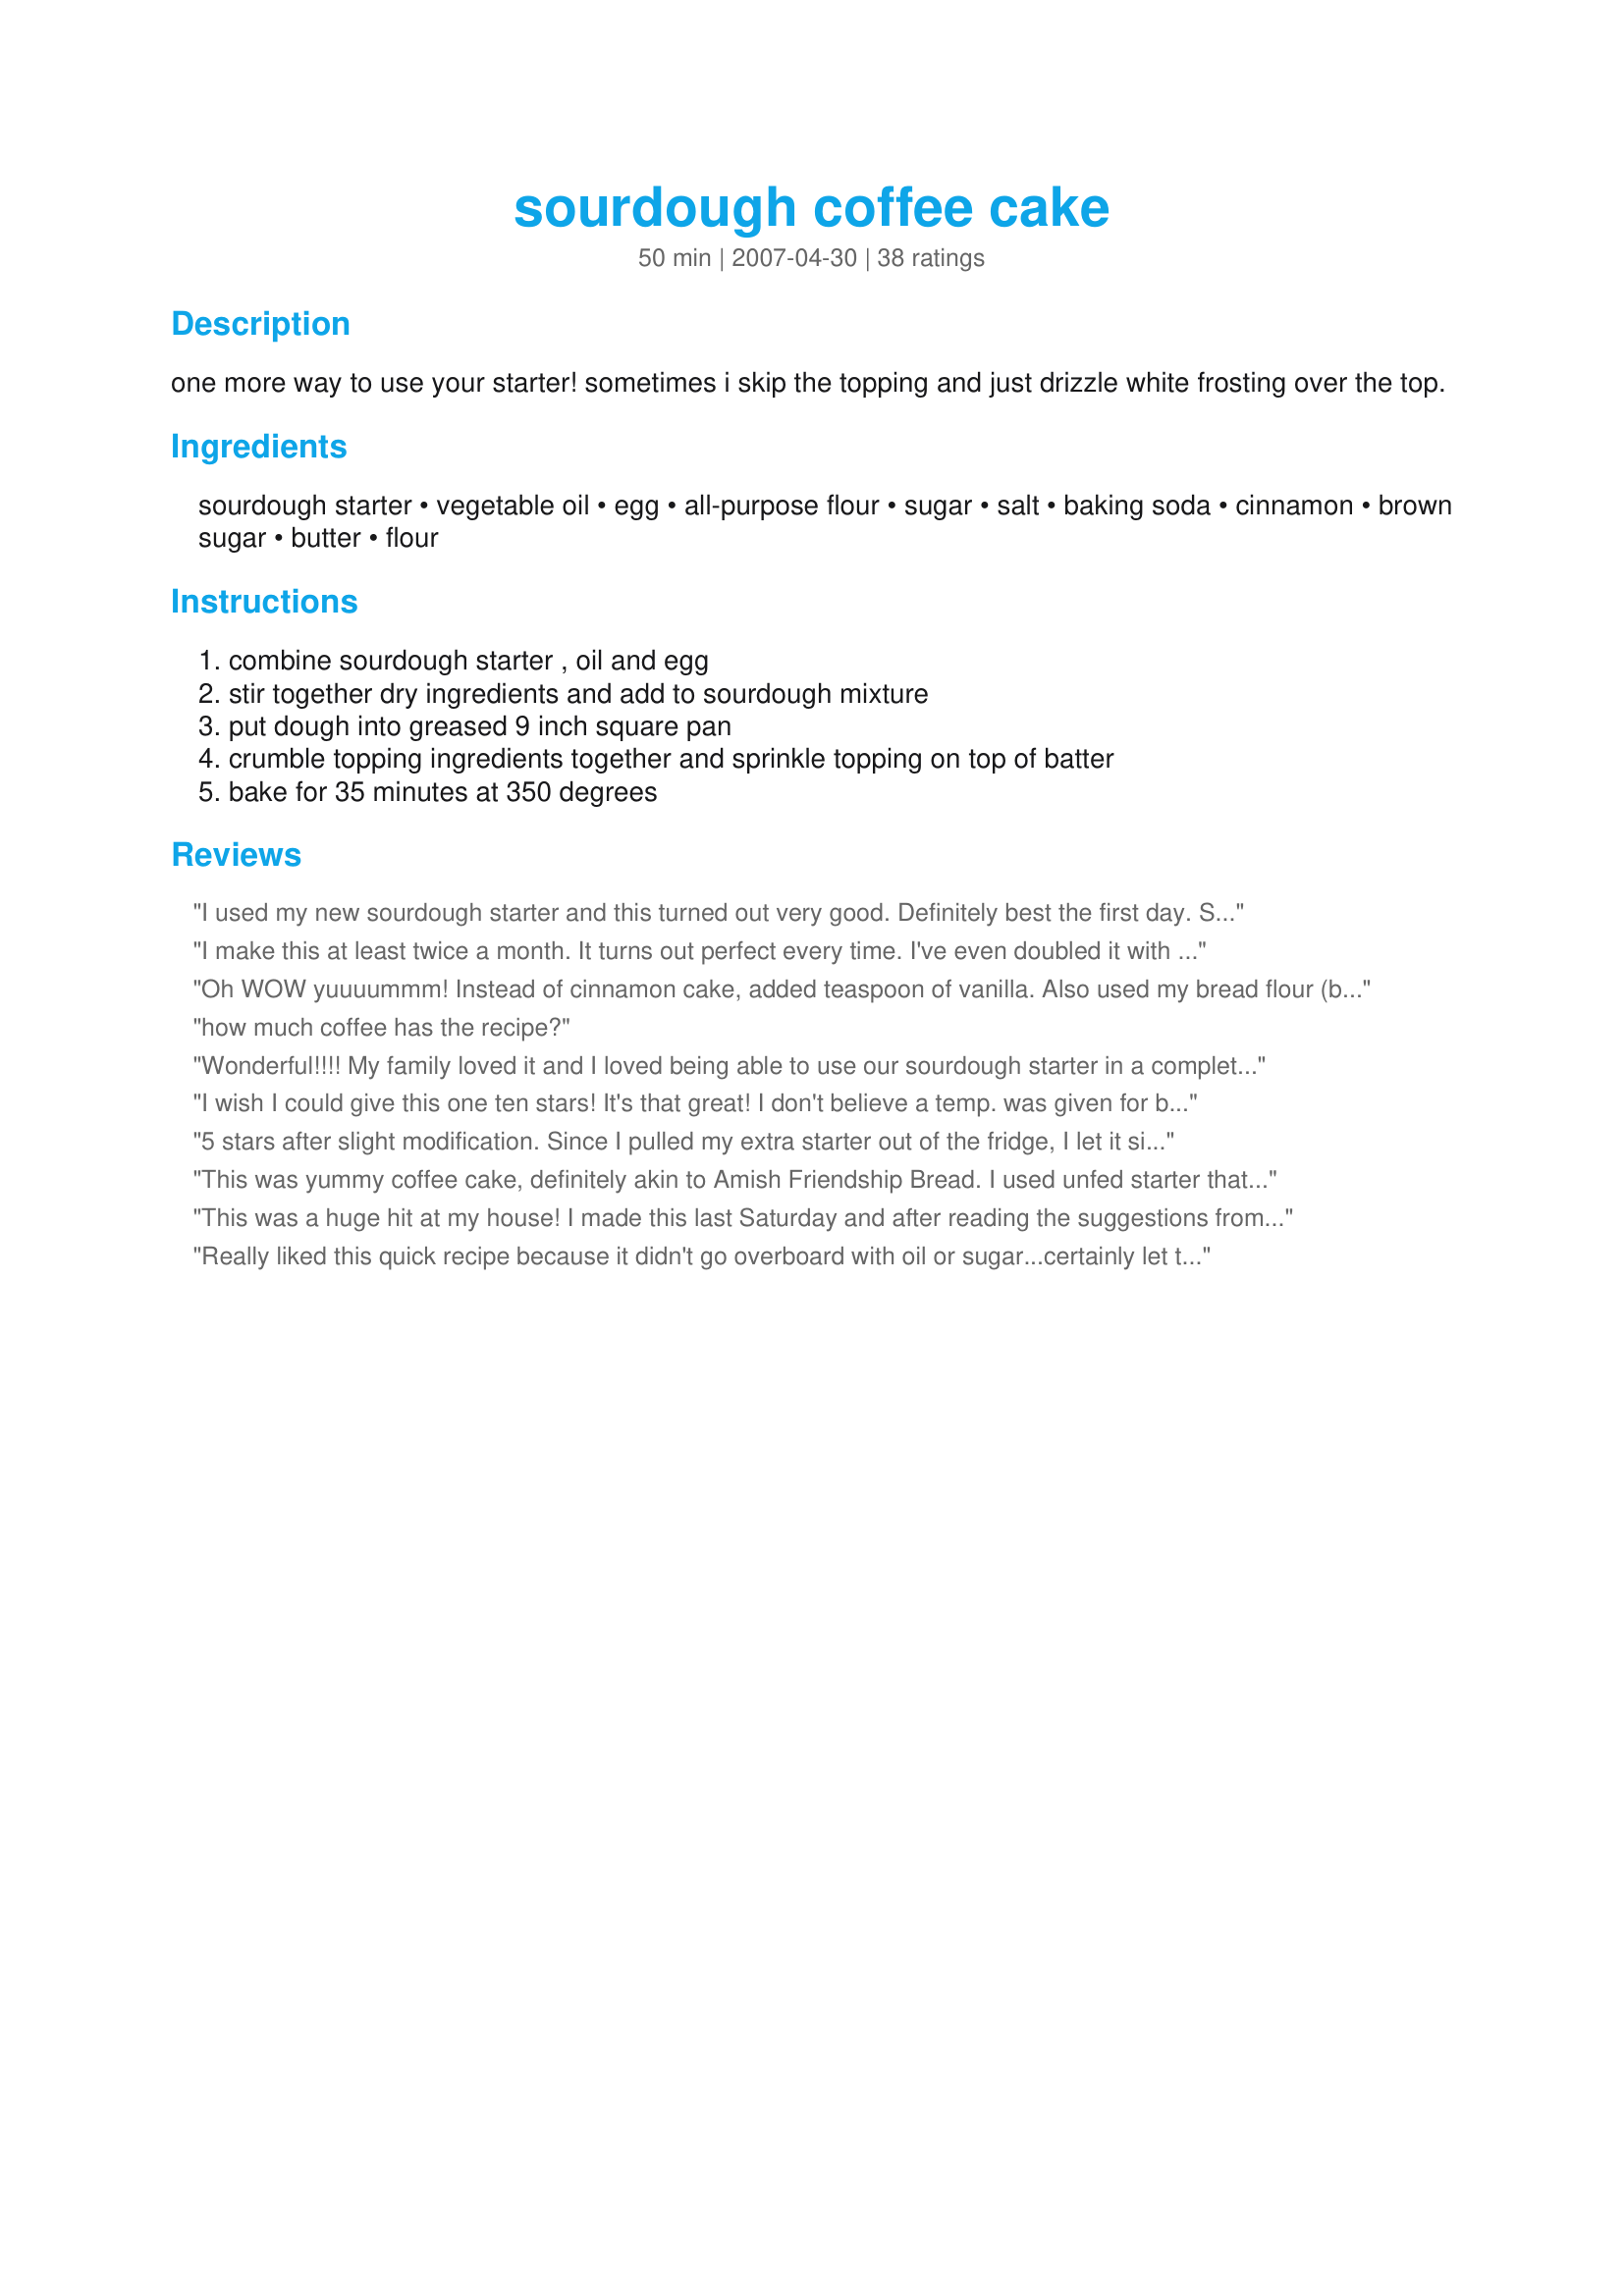
sourdough coffee cake
Preparation time: 50 minutes

one more way to use your starter! sometimes i skip the topping and just drizzle white frosting over the top.

Ingredients:
sourdough starter, vegetable oil, egg, all-purpose flour, sugar, salt, baking soda, cinnamon, brown sugar, butter, flour

Steps:
combine sourdough starter , oil and egg, stir together dry ingredients and add to sourdough mixture, put dough into greased 9 inch square pan, crumble topping ingredients together and sprinkle topping on top of batter, bake for 35 minutes at 350 degrees

Reviews:
I used my new sourdough starter and this turned out very good. Definitely best the first day. Seemed a little dry after that. Good flavor.
I make this at least twice a month. It turns out perfect every time. I've even doubled it with no problems. I have given it away several times, and everyone wants the recipe!! LOVE IT!!! Cannot say enough great things about this coffee cake...thank you, thank you, thank you!
Oh WOW yuuuummm! Instead of cinnamon cake, added teaspoon of vanilla. Also used my bread flour (by accident) instead of the AP flour- a wonderful result. Used an additional tablespoon of butter and adjusted brown sugar and flour addition for extra topping. This cake has the best flavor when it has cooled completely. My starter added such a delightful, complex flavor to this. No excuse not to make it. A super simple treat. Brilliant.
how much coffee has the recipe?
Wonderful!!!! My family loved it and I loved being able to use our sourdough starter in a completely different way. Excellent and easy!! I did use melted butter in place of the oil (same as I do for sourdough pancakes) and I doubled the streusel topping. We live at nearly 7000 feet and no adjustment was needed. It baked perfectly in a glass pan - 350 degrees for 35 min. To set the center, I turned off the oven and let the coffee cake stay in for an additional 5 minutes. It came out perfectly. Thank you for a simply delicious alternative for use with starters. I can't wait to try your gingerbread!!
I wish I could give this one ten stars! It's that great! I don't believe a temp. was given for baking, so I baked it at 350 degrees and that seemed to be just fine. I will make this one over and over. Thank you Stephanie
5 stars after slight modification. Since I pulled my extra starter out of the fridge, I let it sit out for a half hour before mixing all the ingredients. I then poured the mixture into the pan and let it sit covered for another half hour. Like another reviewer, I also decreased the brown sugar in the topping to 1/4 cup. I added chopped pecans to the topping and might add pecans to the cake itself next time. A wonderful Sunday breakfast on a cold day with a cup of joe, the smell of cinnamon wafting through the house. And something different from the extra starter waffle and pancake recipes! Future recipe variations with fruit are playing in my mind. Thank you.
This was yummy coffee cake, definitely akin to Amish Friendship Bread. I used unfed starter that would normally be discarded, so wonderful use for that. Also added rough-chopped pecans to the crumble topping along with a bit of allspice and freshly ground nutmeg, which definitely kicked it up a notch. Thanks for sharing!
This was a huge hit at my house! I made this last Saturday and after reading the suggestions from others, I added some mace and allspice to the topping, and used a teaspoon on kosher salt instead of the 1/2 t the recipe calls for. It was wonderful! I really liked how some of the topping sunk down into the cake while baking and created these sugary flavor pockets in the cake. I will be making this again, excellent use of sourdough starter!
Really liked this quick recipe because it didn't go overboard with oil or sugar...certainly let the flavor of the sourdough come through for those of us with mature tastes :) And I added about 2 cups chopped fresh rhubarb to give us a further thrill. Cake is rare in my house, but may not be in the future. Can't wait to try it with blueberries.
Just started making sourdough starter from the beginning. About 2/3 the way through I started hating throwing it away. I looked for an easy recipe and this was it. Well, the cake is delicious. Everything turned out wonderful. I ate 1/2 the cake in 2 days and decided to freeze the rest to get myself back to sanity. You should love it too.
The best coffee cake ever!!! I followed the directions in the recipe step by step; however, I did used kosher salt. I&#039;m super excited to say that my midnight baking rendezvous was with my sourdough starter that I started last week and it was a success. I didn&#039;t have wait for anything to rise, after mixing everything together it was a go. Honestly, I was slightly concerned when I put the dough into the pan and it looked a little flat, but I still added the topping and placed my masterpiece into the oven.
No mention to the coffee in ingredients. Please help!
This is absolutely fantastic, and looks beautiful too, I've given this away as gifts on more than one occasion.

And any recipe that will take leftover starter is a bonus in my book, it kills me to throw starter away!
This had very good texture and taste but the topping was extremely sweet so if you don't have a sweet tooth, go easy on the topping. I will do this cake again but with no topping and maybe with a bit of nuts. This is also a short cake. I had used damp sugar so that might have caused the cake to not raise too high as it was too wet.
Yummy! I used unfed starter because that&#039;s what I have seen in other sourdough cake recipes. I had to bake it for 45 minutes though. I keeping a starter at home and one at my bfs. He feeds it but doesn&#039;t bake. I had 3 cups unfed starter! This was perfect to use some of it. Super moist, nice crumb and dense but not overly so.
I used a tangy, aged sourdough starter and this turned out well. To give my starter a little time to perk up, I first combined the starter with the oil, egg, and half the flour, then let it sit for about 1/2 hour before mixing in the remaining blended solids. The batter was so stiff that I was afraid I'd end up with a coffee bread instead of a cake, but the product was light and moist. I used only half the brown sugar in the topping added pecans. I'll definitely make this again!
This was very yummy - I made 1.5 times the topping it called for, because we all have sweet tooths, and it was really good!
This recipe is an easy and tasty way to use up sourdough starter. I make it quite often and each time my family loves it. I've tweaked with and played with the recipe a couple times. Often times making them into muffins and then trying different toppings on them to see which we like best. However all are devoured. Some recipe tweaks I particularly love is mixing up the topping. I find the included topping dense and sinks into pocketed bits of melted butter and sugar. Which is good, but I enjoy a streusel toppin with a bit of crunchiness. So I'll make a mix, using melted butter/sugar/flour/cinnamon. Then use this topping on top. Yes, I'm sure it's terrible for you. But this is a treat, so indulge. Once I tried a decorative cream cheese glaze. I found that too sweet and didn't add much. Another time made a nutty streusel topping. Again, didn't add much for us. I think the best I've found is this topping with melted butter streusel topping in addition. I will make half the topping recipe, with half a streusel recipe. Also, when making into muffins, 15min or so bake time. Even in 8x8 pan, I find 25-30min bake time is good. Perhaps my oven runs hotter, but nonetheless I would suggest checking before the 35 min. 35 min seems to produce a pretty dry cake for me.
Oh so good! Will be making this again and again.
I'm always looking for Soughdough recipes. This recipe is a keeper!! I read the reviews before making it and I didn't want the toppings to sink into the batter so I added the toppings after it was in the oven for 20 minutes. The cake itself took an extra 15 minutes to cook. I added blueberries to the batter (husbands request) and it was AWESOME!!
great taste! Great use for extra starter! 30 minutes was plenty for mine!
Very nice coffee cake uses up that one cup of starter I had left. Very sweet will cut back on sugar next time. Quick fix and I could see changing the spices/flavorings. Thank you for posting saving to make again.
Wow, this is addicting, I think it's the topping. Used half white, half brown sugar for the topping, added 1/2 tsp vanilla to cake, and also sub. 1 tsp baking powder + 1/2 tsp baking soda for the 1 tsp baking soda. Baking soda tends to overbrown. Baked at 325 for 35 min or so. Next time I'll try some applesauce for some of the oil to cut down on fat.
Really good. My crumble topping sunk into the cake. Made it even more delicious as the crumbles were like little cinnamon nuggets. Made it once had one slice and it disappeared. Made it again had a slice again the cake disappeared again. Very good!
Lovely dense coffee cake, quick to fix and perfect with coffee or tea. We enjoyed how the topping sank into the cake in places. Used starter that I&#039;d fed earlier in the day. Next time I&#039;d bake only 30 minutes. Thanks for sharing the recipe!
The first use of my starter, and a great success! Have to admit the idea of a sourdough coffee cake was a little out there for me, but the whole family loved it. My starter is the exact texture and consistency of marshmallow cream, and seemed a bit stiff when it came time to add the dry ingredients - thinned it with a little milk to about the consistency of thick pancake batter, which seemed to be the right thing to do. (At least the finished product had a good texture.) :) Next time I think I will mix in some nuts with the streusel topping but wonderful as written. Thanks for a great recipe!
I made this today and was surprised at how easy it was. The finished product was good and anyone would enjoy eating it however I did feel as though there was something missing. I couldn't put my finger on it. I followed the directions to a &quot;T&quot;. Perhaps a bit more sugar in the batter? I don't eat sweets very often but found the flavor a bit lacking in that department. All in all it is a worthwhile project for a lazy morning. Try it and let me know what you think.
Easy and moist treat for any occasion. I add a teaspoon of cardamom, a teaspoon of ginger and a tablespoon of almond or vanilla extract to the cake batter. Since I rarely use butter, shortening works well for the streusel topping. I also let the batter rise for a couple of hours and bake for 40 to 45 minutes. A great way to use some of your sour dough starter.
I have my sour dough in its crock pot....if I'm not in the mood to make sour dough bread, and don't want to throw my starter out, which is hard for me to, I make this . I can't tell you how many times I have made it...it is easy and so delicious ?? I am diabetic, so I make this for friends and all I get are raves&quot;......?.easy to make ...if you are a sour doughista, make this. !!!!!
Great use of starter. My son is gluten intolerant so I used my own gluten free sourdough starter made from rice flour and teff. I also used the American test kitchen gluten free blend recipe for the flour (homemade so cheaper, and works great) and about a tsp xanthan gum. Lowered the sugar by a third and topped with almonds and fresh raspberries before baking. Then a light drizzle of icing after baking. It was superb! Very gluten-y without the gluten.
I've made this a couple times now and it is really delicious. I don't think it is too sweet--even with the topping; and I am not a big fan of super sweet desserts.

My husband thinks this is the best coffeecake he's ever had.

It may not hurt that I am using a Nancy Silverton starter:)
I love this recipe. I chose to substitute orange juice and then for the topping I used ground cloves and pecans. It was very good. I love the way the topping sinks to the bottom. Which I didn't realize until I made it a second time. A sure winner in our house.
Has anyone made this the night before and baked it in the morning?
This is wonderful!!! It's easy, too. I've only made "quick" coffeecakes before, never yeasted, so I don't know how this one compares to yeasted coffeecakes. But it's far superior to the quick ones I've made: better rise and better flavor. I also thought the sweetness was perfect if you are planning to serve this as dessert. If you want it for breakfast/brunch, you could cut back the sugar in the cake part a bit (to half a cup), but leave the topping as is...unless you add some pecans! This will be a regular feature in our house when we need to use up some starter.
Thanks! This rose perfectly (like another reviewer, I was worried it was too small for the pan, so I let it rise, lightly covered in plastic wrap, for half an hour before baking). It's a delightful not-too-sweet pareve treat, and a great way to use extra starter!
Love this recipe!! I read some of the other reviews and also decided to lower the amount of sugar in the cake and less on top. I also added chopped pecans on top which ended up being my favorite part! I baked it for 30 min and that was enough. Best eaten day of.
This is very tasty. Just the right amount of topping for us. I also sprinkled with chopped pecans. It was a little on the dry side, but I think that's my fault......left it in just a little too long. ;) Thanks for posting. I've added it to my sourdough collection.
